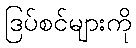
ဒြပ်စင်များကို